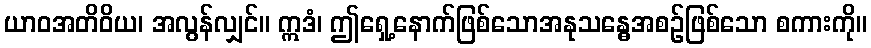
ယာဝအတိဝိယ၊ အလွန်လျှင်။ ဣဒံ၊ ဤရှေ့နောက်ဖြစ်သောအနုသန္ဓေအစဉ်ဖြစ်သော စကားကို။